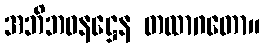
အဘိဘဝနဋ္ဌေန တထာဂတော။